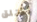
أختلق